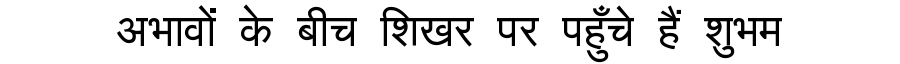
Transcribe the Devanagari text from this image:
अभावों के बीच शिखर पर पहुँचे हैं शुभम